kultuurilooline_kollektsioon, lk 47
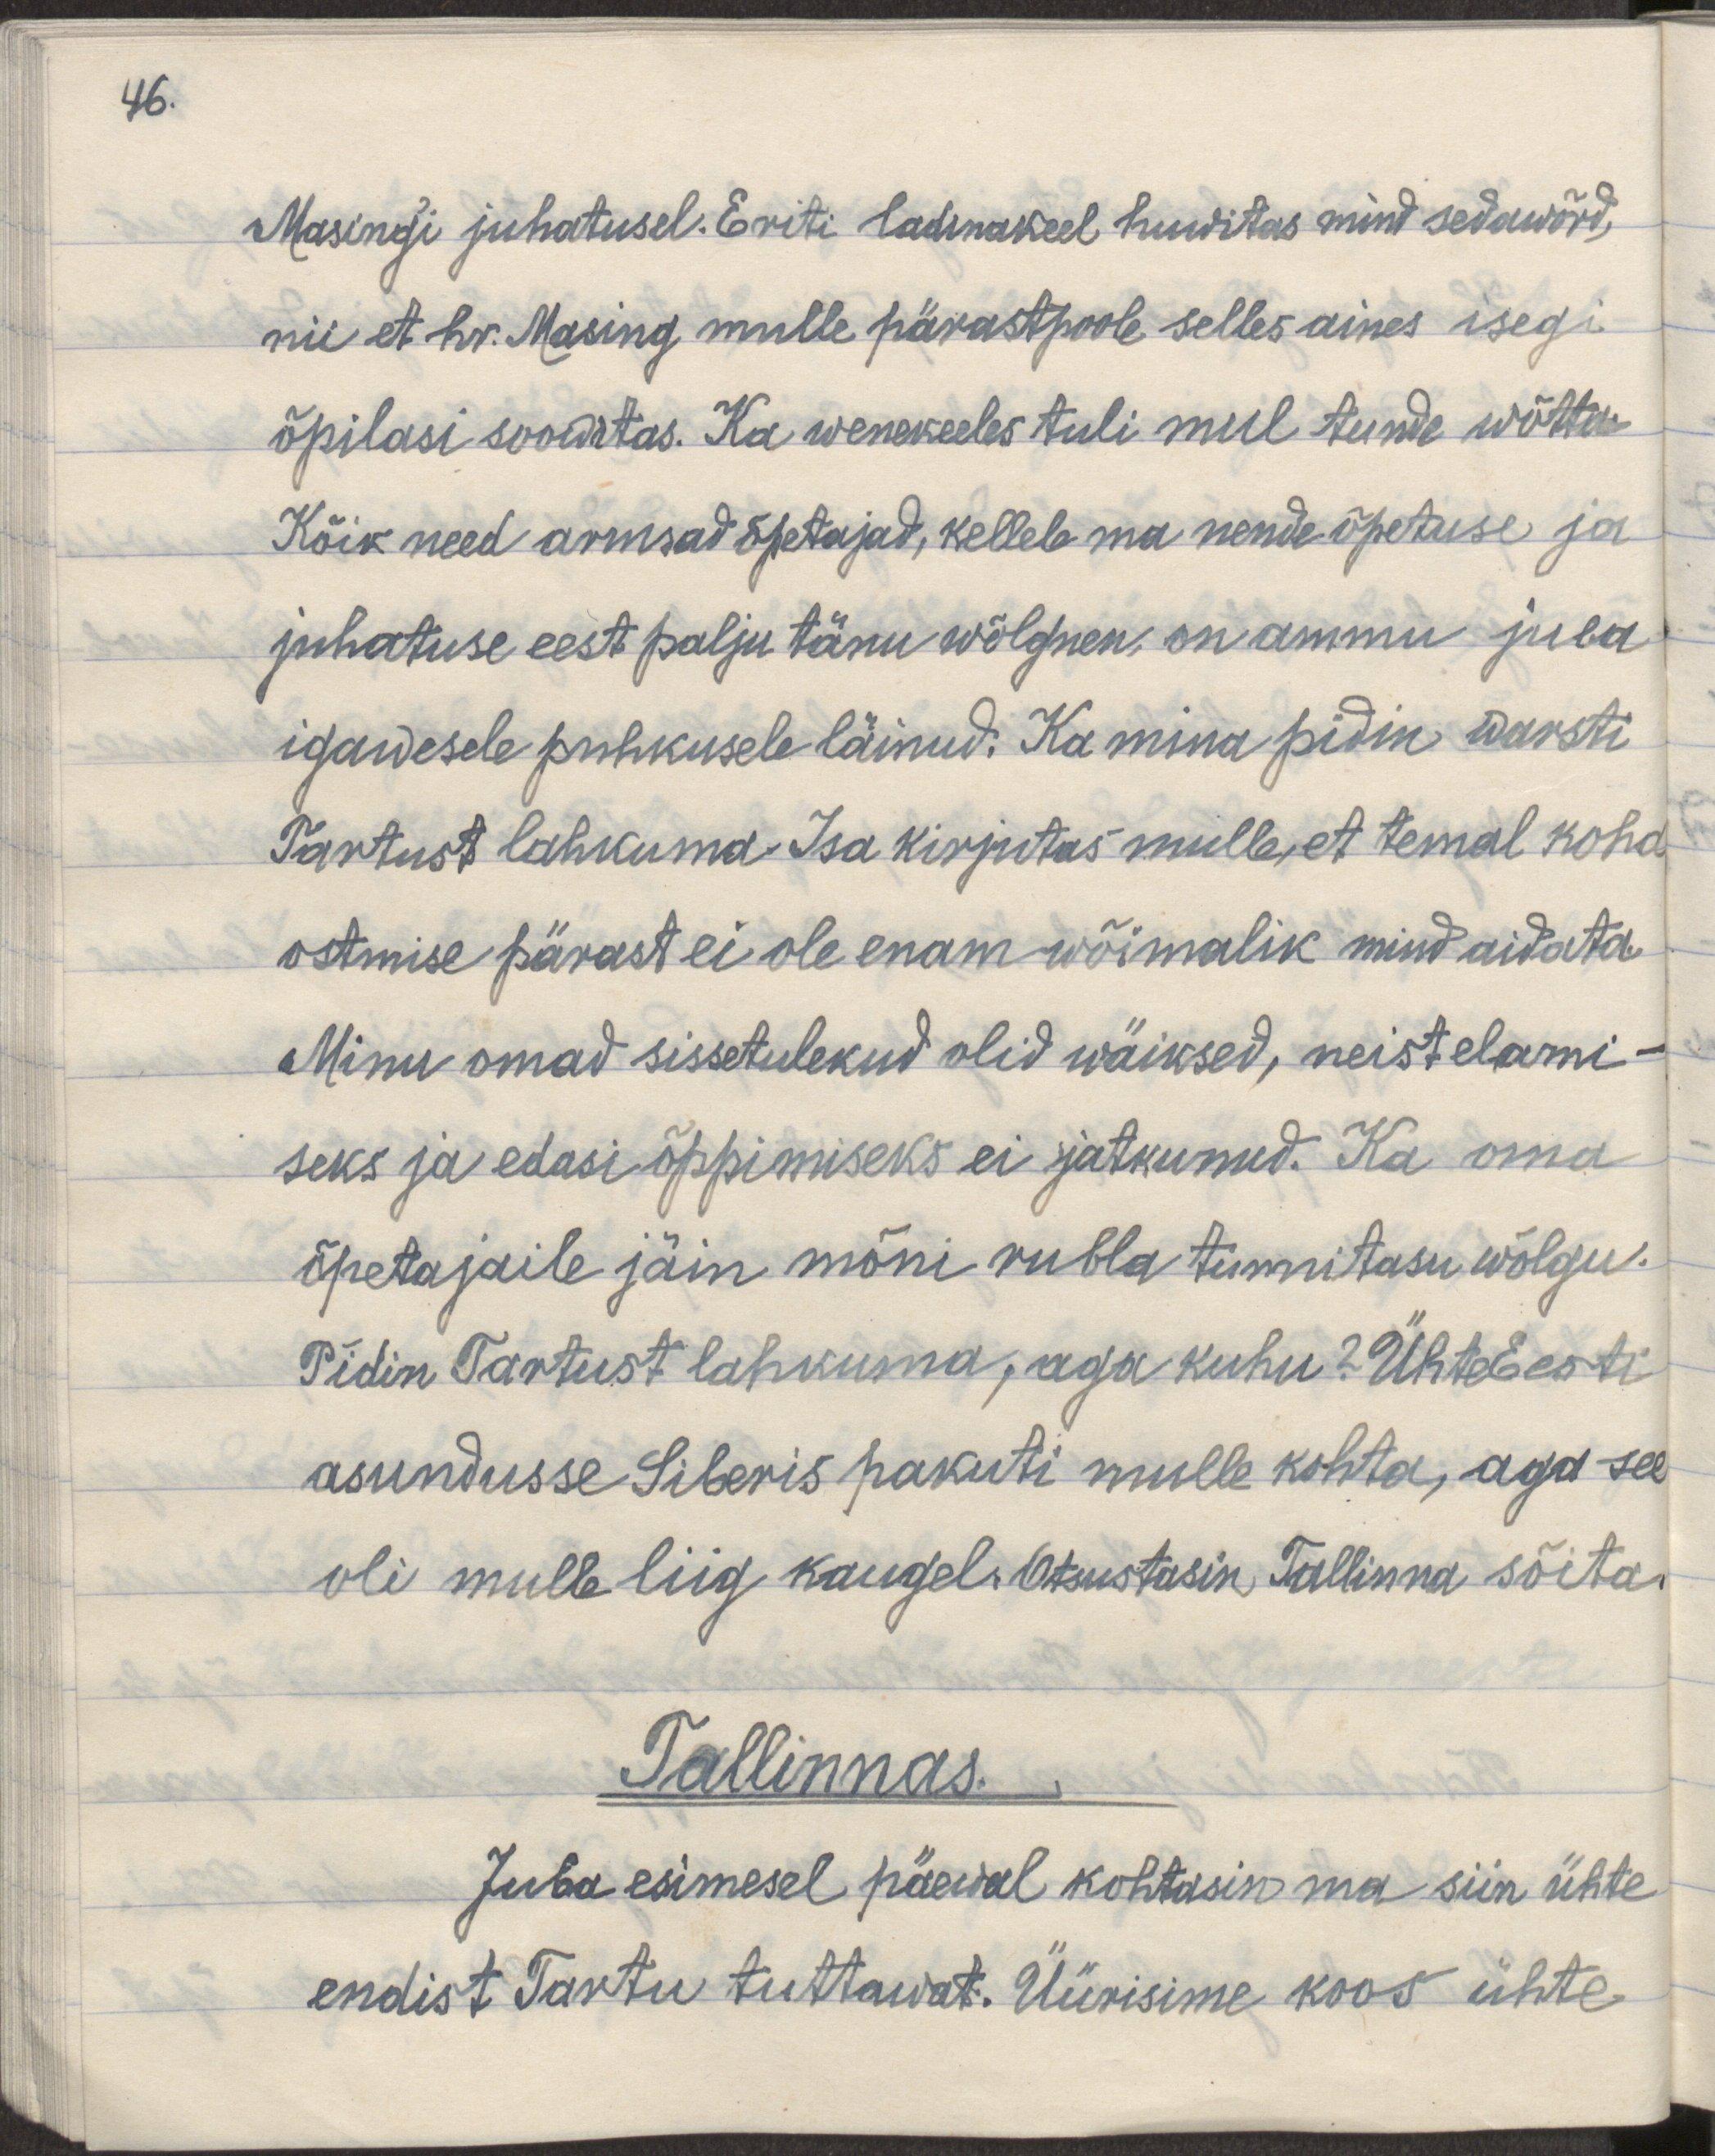
Masing'i juhatusel. Eriti ladinakeel huwitas mind sedawõrd,
nii et hr. Masing mulle pärastpoole selles aines isegi
õpilasi soowitas. Ka wenekeeles tuli mul tunde wõtta.
Kõik need armsad õpetajad, kellele ma nende õpetuse ja
juhatuse eest palju tänu wõlgnen, on ammu juba 
igawesele puhkusele läinud. Ka mina pidin warsti
Tartust lahkuma. Isa kirjutas mulle, et temal koha 
ostmise pärast ei ole enam wõimalik mind aidata.
Minu omad sissetulekud olid wäiksed, neist elami-
seks ja edasi õppimiseks ei jatkunud. Ka oma
õpetajaile jäin mõni rubla tunnitasu wõlgu.
Pidin Tartust lahkuma, aga kuhu? ÜhteEesti
asundusse Siberis pakuti mulle kohta, aga see
oli mulle liig kauel. Otsustasin Tallinna sõita.
Tallinnas.
Juba esimesel päewal kohtasin ma siin ühte 
endist Tartu tuttawat. Üürisime koos ühte